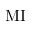
\mathrm { M I }